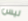
ليس